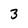
Character: 3